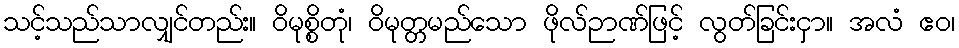
သင့်သည်သာလျှင်တည်း။ ဝိမုစ္စိတုံ၊ ဝိမုတ္တမည်သော ဖိုလ်ဉာဏ်ဖြင့် လွတ်ခြင်းငှာ။ အလံ ဧဝ၊